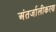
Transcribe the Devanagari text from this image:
अंतर्जालीकरण